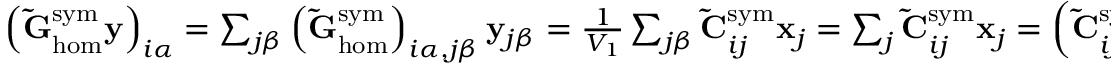
\begin{array} { r } { \left( \mathbf { \tilde { G } } _ { \mathrm { h o m } } ^ { \mathrm { s y m } } \mathbf { y } \right) _ { i \alpha } = \sum _ { j \beta } \left( \mathbf { \tilde { G } } _ { \mathrm { h o m } } ^ { \mathrm { s y m } } \right) _ { i \alpha , j \beta } \mathbf { y } _ { j \beta } = \frac { 1 } { V _ { 1 } } \sum _ { j \beta } \mathbf { \tilde { C } } _ { i j } ^ { \mathrm { s y m } } \mathbf { x } _ { j } = \sum _ { j } \mathbf { \tilde { C } } _ { i j } ^ { \mathrm { s y m } } \mathbf { x } _ { j } = \left( \mathbf { \tilde { C } } _ { i j } ^ { \mathrm { s y m } } \mathbf { x } \right) _ { i } = \rho \mathbf { x } _ { i } = \rho \mathbf { y } _ { i \alpha } . } \end{array}